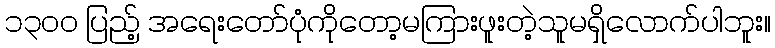
၁၃၀၀ ပြည့် အရေးတော်ပုံကိုတော့မကြားဖူးတဲ့သူမရှိလောက်ပါဘူး။